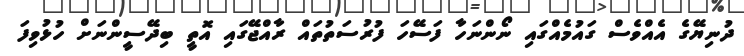
ދުނިޔޭގެ އެއްވެސް ގައުމެއްގައި ނޯންނަހާ ފަސޭހަ ފުރުސަތުތައް ރާއްޖޭގައި އޮތީ ބިދޭސީންނަށް ހުޅުވިފަ